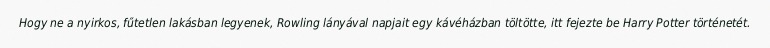
Hogy ne a nyirkos, fűtetlen lakásban legyenek, Rowling lányával napjait egy kávéházban töltötte, itt fejezte be Harry Potter történetét.